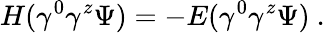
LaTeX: H(\gamma^{0}\gamma^{z}\Psi)=-E(\gamma^{0}\gamma^{z}\Psi)\ .